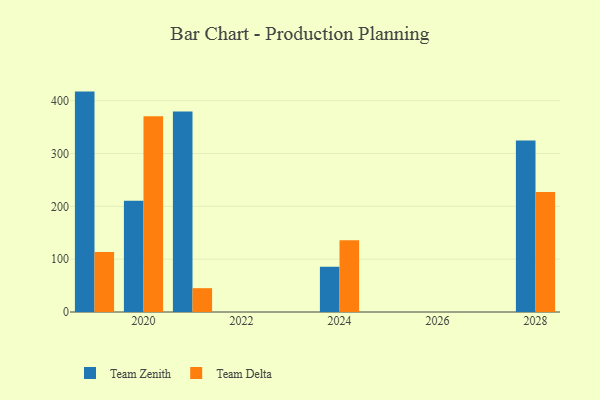
{"axis": {"x": "Year", "y": "Net Income (USD K)"}, "legend": ["Team Delta", "Team Zenith"], "data": [{"x": "2019", "y": 417.1, "type": "Team Zenith"}, {"x": "2019", "y": 113.6, "type": "Team Delta"}, {"x": "2024", "y": 85.4, "type": "Team Zenith"}, {"x": "2024", "y": 135.8, "type": "Team Delta"}, {"x": "2020", "y": 210.4, "type": "Team Zenith"}, {"x": "2020", "y": 370.6, "type": "Team Delta"}, {"x": "2028", "y": 324.5, "type": "Team Zenith"}, {"x": "2028", "y": 227.2, "type": "Team Delta"}, {"x": "2021", "y": 379.5, "type": "Team Zenith"}, {"x": "2021", "y": 45.1, "type": "Team Delta"}]}